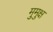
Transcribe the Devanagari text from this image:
मुुमुक्ष